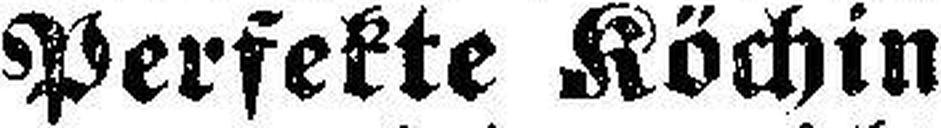
Perfekte Köchin